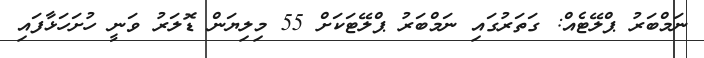
ނަމްބަރު ޕްލޭޓެއް: ގަތަރުގައި ނަމްބަރު ޕްލޭޓަކަށް 55 މިލިޔަން ޑޮލަރު ވަނީ ހުށަހަޅާފައި